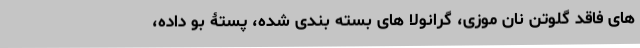
های فاقد گلوتن نان موزی، گرانولا های بسته بندی شده، پستۀ بو داده،